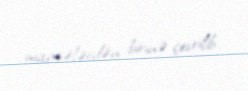
maneələrdən birinə çevrilib.